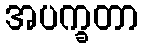
အပက္ခတာ